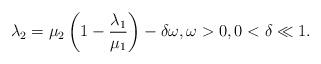
LaTeX: \begin{align*}\lambda_2 = \mu_2\left(1-\frac{\lambda_1}{\mu_1}\right)-\delta\omega,\omega > 0, 0<\delta \ll 1.\end{align*}